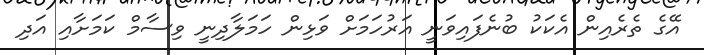
އޭގެ ތެރެއިން އެކަކު ބުނެފައިވަނީ އަރުހަމަށް ވަޅިން ހަމަލާދިނީ ވިސާމް ކަމަށާއި އަދި